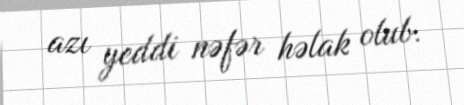
azı yeddi nəfər həlak olub.